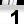
Digit: 1